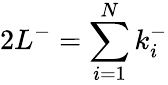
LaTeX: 2L^{-}=\sum_{i=1}^{N}k_{i}^{-}